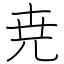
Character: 尭